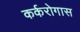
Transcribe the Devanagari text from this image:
कर्करोगास